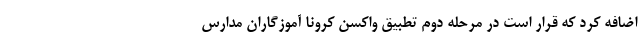
اضافه کرد که قرار است در مرحله دوم تطبیق واکسن کرونا آموزگاران مدارس